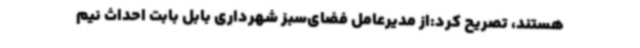
هستند، تصریح کرد:از مدیرعامل فضای‌سبز شهرداری بابل بابت احداث نیم